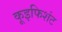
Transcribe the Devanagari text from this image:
कूइफिशंट